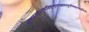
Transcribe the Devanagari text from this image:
आत्तसज्जधनुषाविषुस्पृशावक्षयाशुगनिषङ्गसङ्गिनौ।